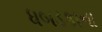
ધબડકાના